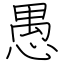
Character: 愚